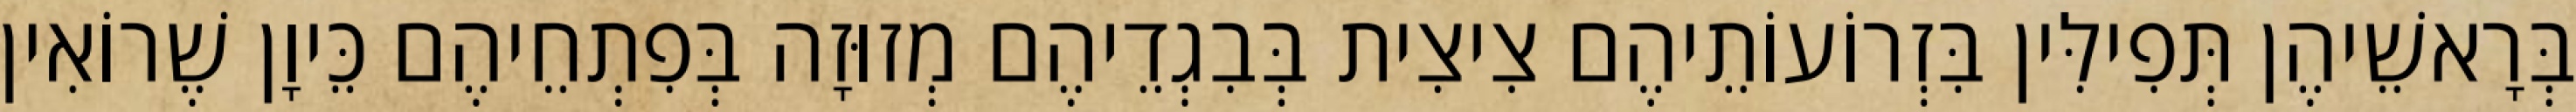
בְּרָאשֵׁיהֶן תְּפִילִּין בִּזְרוֹעוֹתֵיהֶם צִיצִית בְּבִגְדֵיהֶם מְזוּזָה בְּפִתְחֵיהֶם כֵּיוָן שֶׁרוֹאִין